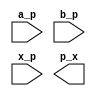
module Celda_tipica_d_i (

    input wire a_p, //entrada A, ultimo bit de la palabra A
    input wire b_p, //entrada B, ultimo bit de la palabra B
    input wire x_p, //entrada x, representa el estado inicial definido
    output wire p_x //salida, resultado de la logica combinacional del modulo
);

wire c1; //conecta la salida de not U1 a la entrada and U2
wire c2; //salida de U2
wire c3; //salida de U3
wire c4; //salida de U4
wire c5; //salida de U5
wire c6; //salida de U6


//Ecuacion celda tipica ~A&B | x&B | x&~A

    // Negar A
    not U1 (a_p, c1);

    //  ~A con B
    and U2 (c1, b_p, c2);

    //  x con ~A
    and U3 (c1, x_p, c3);

    //  x con B
    and U4 (x_p, b_p, c4);

    // Sumar
    or U5 (c2, c3, c5);
    or U6 (c4, c5, c6);

endmodule